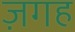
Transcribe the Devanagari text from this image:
ज़गह